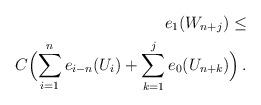
LaTeX: \begin{align*} e_1(W_{n+j}) \le \\ C\Big(\displaystyle{\sum_{i=1}^n e_{i-n}(U_i)} + \sum_{k=1}^j e_0(U_{n+k}) \Big) \,. \end{align*}